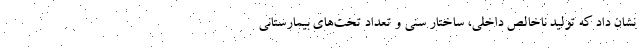
نشان داد که تولید ناخالص داخلی، ساختار سنی و تعداد تخت‌های بیمارستانی